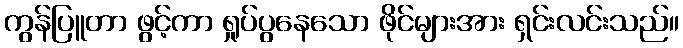
ကွန်ပြူတာ ဖွင့်ကာ ရှုပ်ပွနေသော ဖိုင်များအား ရှင်းလင်းသည်။